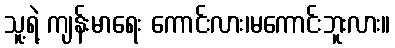
သူ့ရဲ့ ကျန်းမာရေး ကောင်းလား၊မကောင်းဘူးလား။